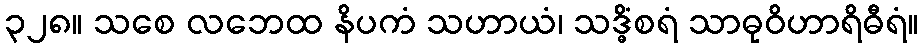
၃၂၈။ သစေ လဘေထ နိပကံ သဟာယံ၊ သဒ္ဓိံစရံ သာဓုဝိဟာရိဓီရံ။